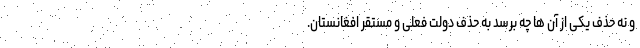
و نه حذف یکی از آن ها چه برسد به حذف دولت فعلی و مستقر افغانستان.